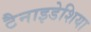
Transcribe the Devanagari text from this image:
टैनाइडेशिया